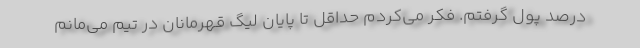
درصد پول گرفتم. فکر می‌کردم حداقل تا پایان لیگ قهرمانان در تیم می‌مانم